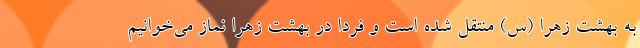
به بهشت زهرا (س) منتقل شده است و فردا در بهشت زهرا نماز می‌خوانیم